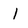
Character: 1